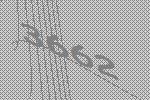
3662